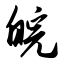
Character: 皖